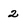
Character: 2